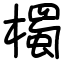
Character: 㯮